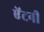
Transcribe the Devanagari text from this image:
ऐंटनी